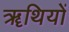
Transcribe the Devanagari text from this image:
ॠथियों